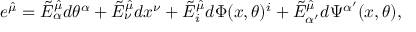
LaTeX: e ^ { \hat { \mu } } = \tilde { E } _ { \alpha } ^ { \hat { \mu } } d \theta ^ { \alpha } + \tilde { E } _ { \nu } ^ { \hat { \mu } } d x ^ { \nu } + \tilde { E } _ { i } ^ { \hat { \mu } } d \Phi ( x , \theta ) ^ { i } + \tilde { E } _ { \alpha ^ { \prime } } ^ { \hat { \mu } } d \Psi ^ { \alpha ^ { \prime } } ( x , \theta ) ,